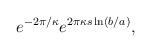
LaTeX: \begin{align*}e^{-2\pi /\kappa} e^{2\pi\kappa s \ln( b/a)},\end{align*}